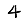
Digit: 4